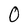
Character: 0